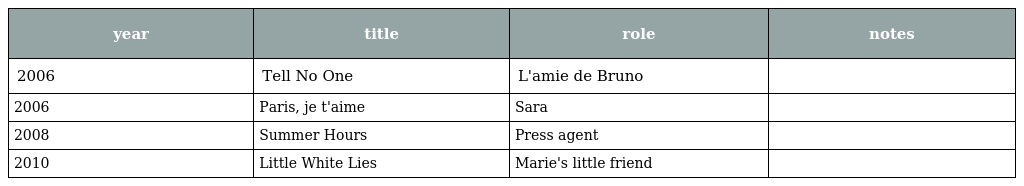
| year | title | role | notes |
 | --- | --- | --- | --- |
 | 2006 | Tell No One | L'amie de Bruno |  |
 | 2006 | Paris, je t'aime | Sara |  |
 | 2008 | Summer Hours | Press agent |  |
 | 2010 | Little White Lies | Marie's little friend |  |